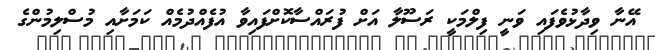
އޭނާ ވިދާޅުވެފައި ވަނީ ފިލްމަކީ ރަސޫލާ އަށް ފުރައްސާކޮށްފައިވާ އުފެއްދުމެއް ކަމަށާއި މުސްލިމުންގެ